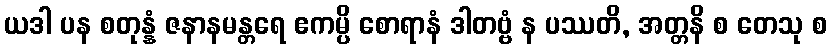
ယဒါ ပန စတုန္နံ ဇနာနမန္တရေ ဧကမ္ပိ စောရာနံ ဒါတဗ္ဗံ န ပဿတိ, အတ္တနိ စ တေသု စ